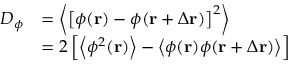
\begin{array} { r l } { D _ { \phi } } & { = \left\langle \left[ \phi ( \mathbf { r } ) - \phi ( \mathbf { r } + \Delta \mathbf { r } ) \right] ^ { 2 } \right\rangle } \\ & { = 2 \left[ \left\langle \phi ^ { 2 } ( \mathbf { r } ) \right\rangle - \left\langle \phi ( \mathbf { r } ) \phi ( \mathbf { r } + \Delta \mathbf { r } ) \right\rangle \right] } \end{array}